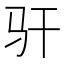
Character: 𫘛